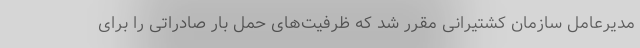
مدیرعامل سازمان کشتیرانی مقرر شد که ظرفیت‌های حمل بار صادراتی را برای